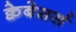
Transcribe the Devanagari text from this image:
क्वेबेसर्स